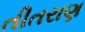
તીતરાણ